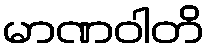
မာဏဝါတိ